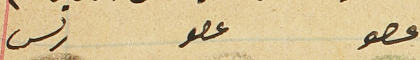
عصو                 عصو                    ريس